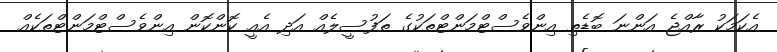
އެކަމަކު ރާއްޖެ އަންނަ ބޮޑެތި އިންވެސްޓްމަންޓްތަކުގެ ތަފުސީލެއް އަދި އެއީ ކޮންކޮން އިންވެސްޓްމަންޓްތަކެއް